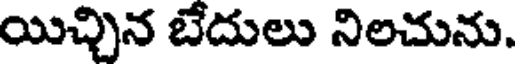
యిచ్చిన బేదులు నిలచును.